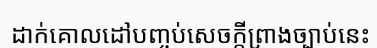
ដាក់គោលដៅបញ្ចប់សេចក្តីព្រាងច្បាប់នេះ